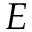
E